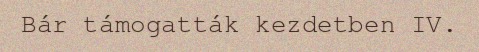
Bár támogatták kezdetben IV.